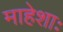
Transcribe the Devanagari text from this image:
माहेशाः